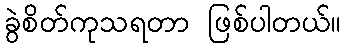
ခွဲစိတ်ကုသရတာ ဖြစ်ပါတယ်။